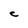
Character: C